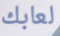
لعابك